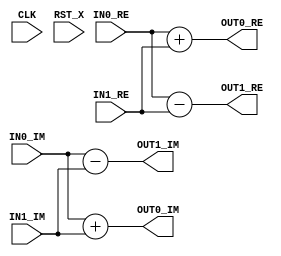
module radix2
  (
   input		CLK,
   input		RST_X,
   input signed [32:0] IN0_RE,
   input signed [32:0] IN0_IM,
   input signed [32:0] IN1_RE,
   input signed [32:0] IN1_IM,

   output signed [32:0] OUT0_RE,
   output signed [32:0] OUT0_IM,
   output signed [32:0] OUT1_RE,
   output signed [32:0] OUT1_IM
   );

	//wire[32:0] WX1_RE, WX1_IM;
	assign OUT0_RE = IN0_RE + IN1_RE;
	assign OUT0_IM = IN0_IM + IN1_IM;
	assign OUT1_RE = IN0_RE - IN1_RE;
	assign OUT1_IM = IN0_IM - IN1_IM;
   //

endmodule